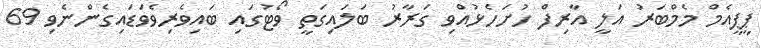
ޕީޕީއެމް މެމްބަރު އަލީ އާރިފް ހުށަހެޅުއްވި ގަރާރު ބަލައިގަތީ ވޯޓުގައި ބައިވެރިވެވަޑައިގެންނެވި 69